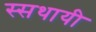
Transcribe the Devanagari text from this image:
स्सथायी